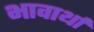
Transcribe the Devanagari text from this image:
भावार्था